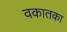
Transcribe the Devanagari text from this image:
वकातका